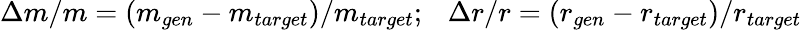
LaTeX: \Delta m/m=(m_{gen}-m_{target})/m_{target};\ \ \ \Delta r/r=(r_{gen}-r_{target})/r_{target}